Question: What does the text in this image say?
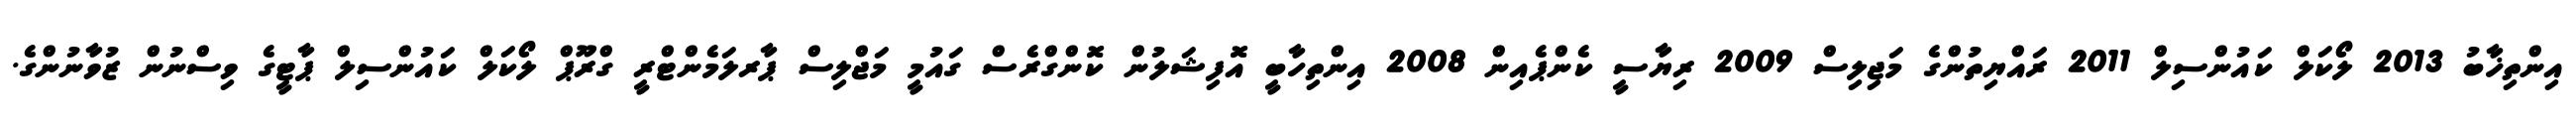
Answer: އިންތިޚާބު 2013 ލޯކަލް ކައުންސިލް 2011 ރައްޔިތުންގެ މަޖިލިސް 2009 ރިޔާސީ ކެންޕެއިން 2008 އިންތިހާބީ އޮފިޝަލުން ކޮންގްރެސް ގައުމީ މަޖްލިސް ޕާރލަމެންޓްރީ ގްރޫޕް ލޯކަލް ކައުންސިލް ޕާޓީގެ ވިސްނުން ޒުވާނުންގެ.